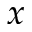
x